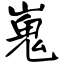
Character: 嵬